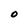
Character: 0